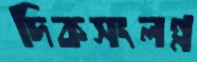
দিকসংলগ্ন